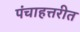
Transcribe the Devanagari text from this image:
पंचाहत्तरीत